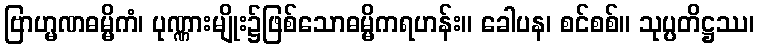
ဗြာဟ္မဏဓမ္မိကံ၊ ပုဏ္ဏားမျိုး၌ဖြစ်သောဓမ္မိကရဟန်း။ ခေါပန၊ စင်စစ်။ သုပ္ပတိဋ္ဌဿ၊